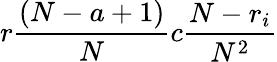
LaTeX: r\frac{(N-a+1)}{N}c\frac{N-r_{i}}{N^{2}}